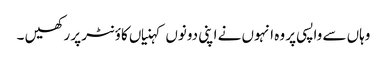
وہاں سے واپسی پر وہ انہوں نے اپنی دونوں کہنیاں کاؤنٹر پر رکھیں ۔